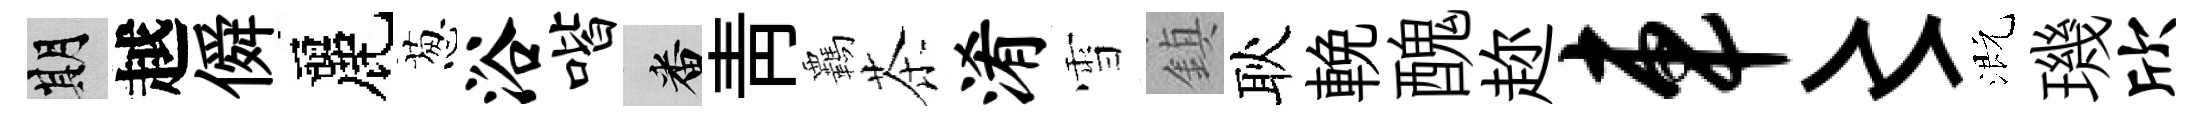
期越僢麗葱浴喈番靑覊茶淆雪鎮耿輓醜趂车〻溉璣欣